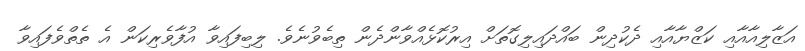
އަޒާލިއާއާއި ކަޒްޔާއާއި ދެކުދިން ބައްދައިލިގޮތަށް އިރުކޮޅެއްވާންދެން ތިބެވުނެވެ. ލިބިފައިވާ އުފާވެރިކަން އެ ތެތްވެފައިވާ